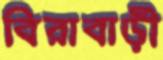
বিরাবাড়ী